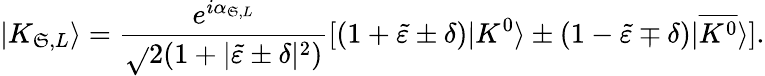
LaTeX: |K_{\mathfrak{S},L}\rangle=\frac{{e^{i\alpha_{\mathfrak{S},L}}}}{{\sqrt{}{{2(1+|\tilde{{\varepsilon}}\pm\delta|^{2})}}}}[(1+\tilde{{\varepsilon}}\pm\delta)|K^{0}\rangle\pm(1-\tilde{{\varepsilon}}\mp\delta)|\overline{{{{K^{0}}}}}\rangle].